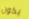
يكون